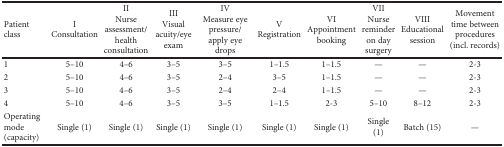
| Patient class | IConsultation | IINurse assessment/health consultation | IIIVisual acuity/eye exam | IVMeasure eye pressure/apply eye drops | VRegistration | VIAppointment booking | VIINurse reminder on day surgery | VIIIEducational session | Movement time between procedures (incl. records) |
 | --- | --- | --- | --- | --- | --- | --- | --- | --- | --- |
 | 1 | 5–10 | 4–6 | 3–5 | 3–5 | 1–1.5 | 1–1.5 | — | — | 2-3 |
 | 2 | 5–10 | 4–6 | 3–5 | 2–4 | 3–5 | 1–1.5 | — | — | 2-3 |
 | 3 | 5–10 | 4–6 | 3–5 | 2–4 | 2–4 | 1–1.5 | — | — | 2-3 |
 | 4 | 5–10 | 4–6 | 3–5 | 3–5 | 1–1.5 | 2-3 | 5–10 | 8–12 | 2-3 |
 | Operating mode (capacity) | Single (1) | Single (1) | Single (1) | Single (1) | Single (1) | Single (1) | Single (1) | Batch (15) | — |